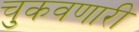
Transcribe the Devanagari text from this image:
चुकवणारी